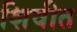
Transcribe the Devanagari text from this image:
शिवीत